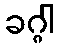
ခဂ္ဂါ